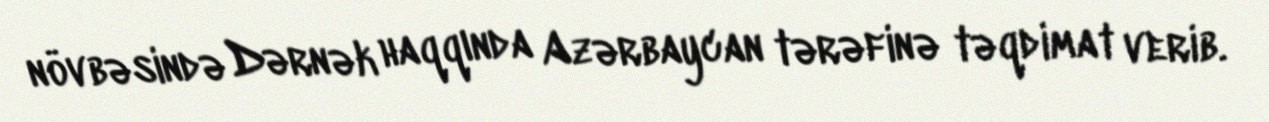
növbəsində Dərnək haqqında Azərbaycan tərəfinə təqdimat verib.